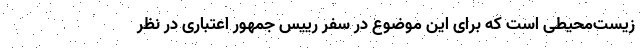
زیست‌محیطی است که برای این موضوع در سفر رییس جمهور اعتباری در نظر